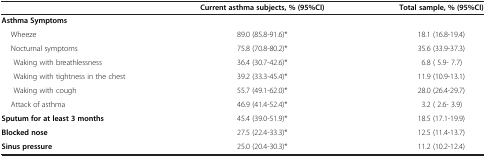
|  | Current asthma subjects, % (95%CI) | Total sample, % (95%CI) |
 | --- | --- | --- |
 | Asthma Symptoms |  |  |
 | Wheeze | 89.0 (85.8-91.6)* | 18.1 (16.8-19.4) |
 | Nocturnal symptoms | 75.8 (70.8-80.2)* | 35.6 (33.9-37.3) |
 | Waking with breathlessness | 36.4 (30.7-42.6)* | 6.8 ( 5.9- 7.7) |
 | Waking with tightness in the chest | 39.2 (33.3-45.4)* | 11.9 (10.9-13.1) |
 | Waking with cough | 55.7 (49.1-62.0)* | 28.0 (26.4-29.7) |
 | Attack of asthma | 46.9 (41.4-52.4)* | 3.2 ( 2.6- 3.9) |
 | Sputum for at least 3 months | 45.4 (39.0-51.9)* | 18.5 (17.1-19.9) |
 | Blocked nose | 27.5 (22.4-33.3)* | 12.5 (11.4-13.7) |
 | Sinus pressure | 25.0 (20.4-30.3)* | 11.2 (10.2-12.4) |